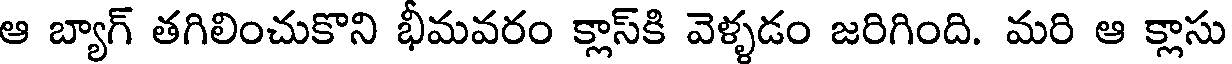
ఆ బ్యాగ్ తగిలించుకొని భీమవరం క్లాస్కి వెళ్ళడం జరిగింది. మరి ఆ క్లాసు